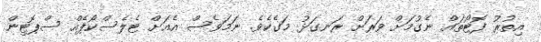
އިތުރު ފޮޓޯތައް ނެގުމަށް ވަރަށް ރަނގަޅު މަގެކެވެ. ނަމަވެސް އެއަށް ޓެލެސްކޯޕެއް ސްޕޮޓިން